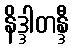
နိဒ္ဒါတန္ဒီ